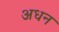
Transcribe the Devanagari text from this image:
अधन